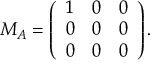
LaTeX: M _ { A } = \left( \begin{array} { c c c } { { 1 } } & { { 0 } } & { { 0 } } \\ { { 0 } } & { { 0 } } & { { 0 } } \\ { { 0 } } & { { 0 } } & { { 0 } } \end{array} \right) .